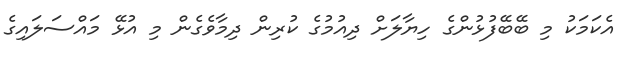
އެކަމަކު މި ބޭބޭފުޅުންގެ ހިޔާލަށް ދިއުމުގެ ކުރިން ދިމާވެގެން މި އުޅޭ މައްސަލައިގެ